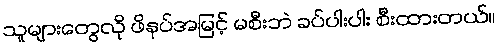
သူများတွေလို ဖိနပ်အမြင့် မစီးဘဲ ခပ်ပါးပါး စီးထားတယ်။